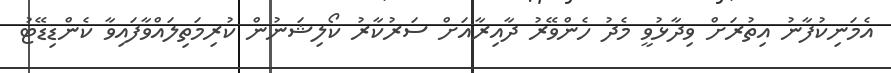
އެމަނިކުފާނު އިތުރަށް ވިދާޅުވީ މެދު ހެންވޭރު ދާއިރާއަށް ސަރުކާރު ކޯލިޝަނުން ކުރިމަތިލައްވާފައިވާ ކެންޑިޑޭޓު